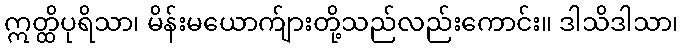
ဣတ္ထိပုရိသာ၊ မိန်းမယောက်ျားတို့သည်လည်းကောင်း။ ဒါသိဒါသာ၊